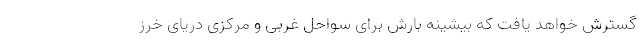
گسترش خواهد یافت که بیشینه بارش برای سواحل غربی و مرکزی دریای خرز